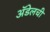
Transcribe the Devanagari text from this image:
अॅडेलची